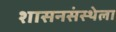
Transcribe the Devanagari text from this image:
शासनसंस्थेला